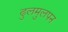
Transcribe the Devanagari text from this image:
ढुलमुलपन